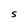
Character: S